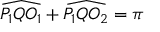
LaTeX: { \widehat { P _ { 1 } Q O _ { 1 } } } + { \widehat { P _ { 1 } Q O _ { 2 } } } = \pi